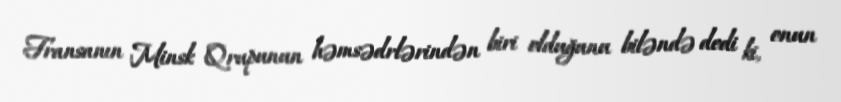
Fransanın Minsk Qrupunun həmsədrlərindən biri olduğunu biləndə dedi ki, onun